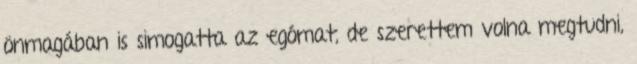
önmagában is simogatta az egómat, de szerettem volna megtudni,